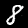
Digit: 8